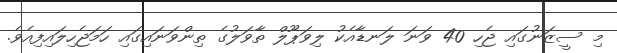
މި ސީޒަނުގައި ޖެހި 40 ވަނަ ލަނޑާއެކު ލިވަޕޫލް ތާވަލުގެ ތިންވަނައިގައި ހަމަޖެހިލައިފިއެވެ.